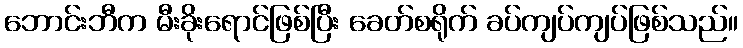
ဘောင်းဘီက မီးခိုးရောင်ဖြစ်ပြီး ခေတ်စရိုက် ခပ်ကျပ်ကျပ်ဖြစ်သည်။